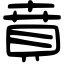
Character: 賁